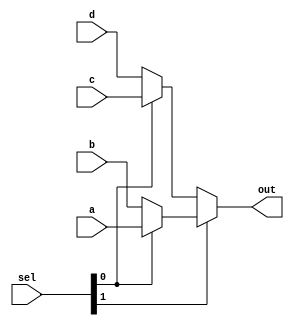
`timescale 1ns / 1ps
//////////////////////////////////////////////////////////////////////////////////
// Company: 
// Engineer: 
// 
// Design Name: 
// Module Name: MUX_fourXone
// Project Name: 
// Target Devices: 
// Tool Versions: 
// Description: 
// 
// Dependencies: 
// 
// Revision:
// Revision 0.01 - File Created
// Additional Comments:
// 
//////////////////////////////////////////////////////////////////////////////////


module MUXfourXone(input [31:0] a, b, c, d, input [1:0] sel, output  [31:0] out);
assign out  = sel[1] ? (sel[0] ? a : b) : (sel[0] ? c : d);
endmodule